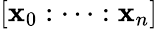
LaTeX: [\mathbf{x}_{0}:\cdots:\mathbf{x}_{n}]